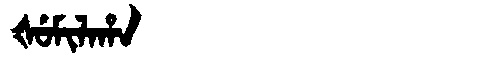
Manchu: ᡧᡠᠮᡳᠯᠠᡥᠠ
Romanization: ŠUMILAHA